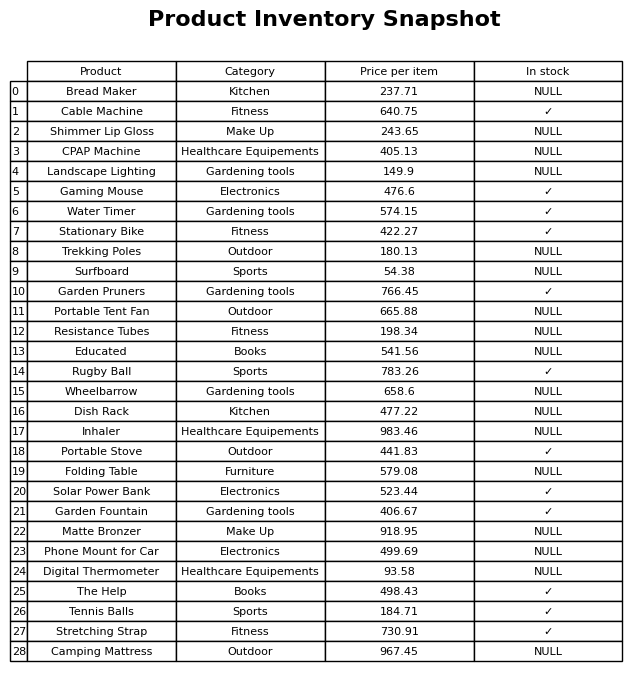
question: What is the price for Folding Table?
answer: The price of Folding Table is 579.08.